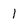
Character: 1